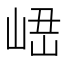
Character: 𡸆